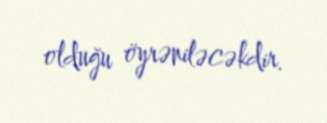
olduğu öyrəniləcəkdir.